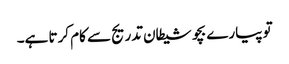
تو پیارے بچو شیطان تدریج سے کام کرتا ہے۔